Indian journal of veterinary science and animal husbandry - Volumes 22-23, 1952-1953
Year: 1952
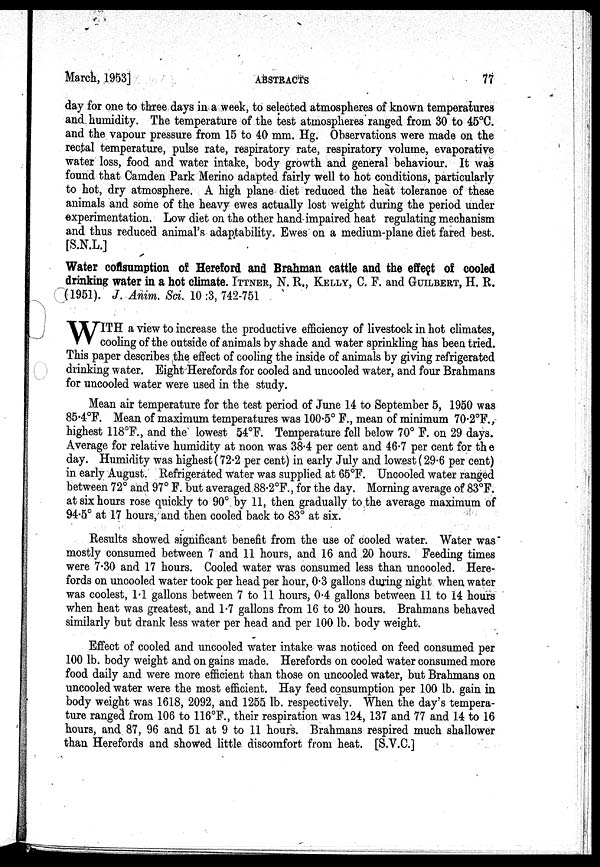
March, 1953]
ABSTRACTS
77
day for one to three days in a week, to selected atmospheres of known temperatures
and humidity. The temperature of the test atmospheres ranged from 30 to 45°C.
and the vapour pressure from 15 to 40 mm. Hg. Observations were made on the
rectal temperature, pulse rate, respiratory rate, respiratory volume, evaporative
water loss, food and water intake, body growth and general behaviour. It was
found that Camden Park Merino adapted fairly well to hot conditions, particularly
to hot, dry atmosphere. A high plane diet reduced the heat tolerance of these
animals and some of the heavy ewes actually lost weight during the period under
experimentation. Low diet on the other hand impaired heat regulating mechanism
and thus reduced animal's adaptability. Ewes on a medium-plane diet fared best.
[S.N.L.]
Water consumption of Hereford and Brahman cattle and the effect of cooled
drinking water in a hot climate. ITTNER, N. R., KELLY, C. F. and GUILBERT, H. R.
(1951). J. Anim. Sci. 10 :3, 742-751
W ITH a view to increase the productive efficiency of livestock in hot climates,
cooling of the outside of animals by shade and water sprinkling has been tried.
This paper describes the effect of cooling the inside of animals by giving refrigerated
drinking water. Eight Herefords for cooled and uncooled water, and four Brahmans
for uncooled water were used in the study.
Mean air temperature for the test period of June 14 to September 5, 1950 was
85.4°F. Mean of maximum temperatures was 100.5° F., mean of minimum 70.2°F.,
highest 118°F., and the lowest 54°F. Temperature fell below 70° F. on 29 days.
Average for relative humidity at noon was 38.4 per cent and 46.7 per cent for the
day. Humidity was highest (72.2 per cent) in early July and lowest (29.6 per cent)
in early August. Refrigerated water was supplied at 65°F. Uncooled water ranged
between 72° and 97° F. but averaged 88.2°F., for the day. Morning average of 83°F.
at six hours rose quickly to 90°. by 11, then gradually to the average maximum of
94.5° at 17 hours, and then cooled back to 83° at six.
Results showed significant benefit from the use of cooled water. Water was*
mostly consumed between 7 and 11 hours, and 16 and 20 hours. Feeding times
were 7.30 and 17 hours. Cooled water was consumed less than uncooled. Here-
fords on uncooled water took per head per hour, 0.3 gallons during night when water
was coolest, 1.1 gallons between 7 to 11 hours, 0.4 gallons between 11 to 14 hours
when heat was greatest, and 1.7 gallons from 16 to 20 hours. Brahmans behaved
similarly but drank less water per head and per 100 lb. body weight.
Effect of cooled and uncooled water intake was noticed on feed consumed per
100 lb. body weight and on gains made. Herefords on cooled water consumed more
food daily and were more efficient than those on uncooled water, but Brahmans on
uncooled water were the most efficient. Hay feed consumption per 100 lb. gain in
body weight was 1618, 2092, and 1255 lb. respectively. When the day's tempera-
ture ranged from 106 to 116°F., their respiration was 124, 137 and 77 and 14 to 16
hours, and 87, 96 and 51 at 9 to 11 hours. Brahmans respired much shallower
than Herefords and showed little discomfort from heat. [S.V.C.]